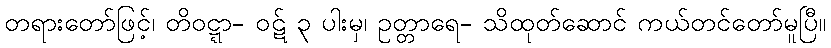
တရားတော်ဖြင့်၊ တိဝဋ္ဋာ- ဝဋ် ၃ ပါးမှ၊ ဥတ္တာရေ- သိထုတ်ဆောင် ကယ်တင်တော်မူပြီ။